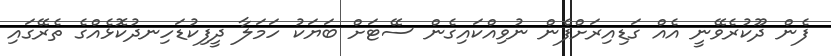
ފެން ދޫކުރެވޭނީ އެއް ގަޑިއިރަށްފެން ނުވިއްކައިގެން ސޭޓަށް ބަޔަކު ހަމަލާ ދީފިކުޑަހިނދުކޮޅެއްގެ ތެރޭގައި